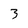
Character: 3